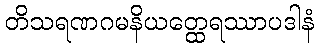
တိသရဏဂမနိယတ္ထေရဿာပဒါနံ